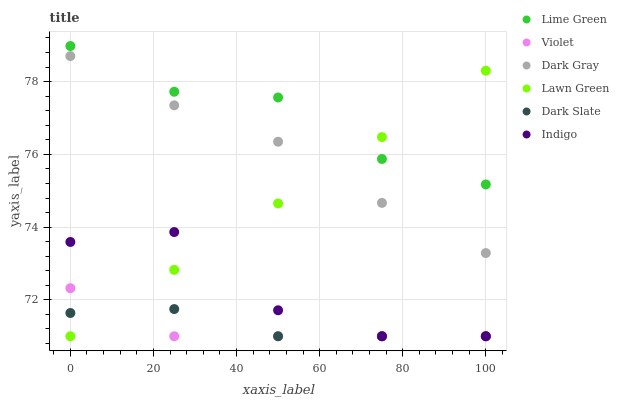
| xaxis_label | Lime Green | Violet | Dark Gray | Lawn Green | Dark Slate | Indigo |
 | --- | --- | --- | --- | --- | --- | --- |
 | 0 | 79 | 72.3 | 78.7 | 71 | 71.6 | 73.6 |
 | 25 | 77.7 | 71 | 77.3 | 72.8 | 71.7 | 73.9 |
 | 50 | 77.6 | 71 | 76.3 | 74.7 | 71 | 71.7 |
 | 75 | 75.9 | 71 | 74.7 | 76.5 | 71 | 71 |
 | 100 | 75.2 | 71 | 73.3 | 78.3 | 71 | 71 |